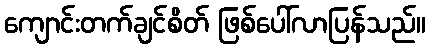
ကျောင်းတက်ချင်စိတ် ဖြစ်ပေါ်လာပြန်သည်။